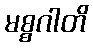
မစ္စဂါတိ